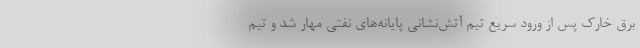
برق خارک پس از ورود سریع تیم آتش‌نشانی پایانه‌های نفتی مهار شد و تیم